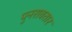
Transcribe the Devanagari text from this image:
पुनरावतार